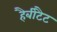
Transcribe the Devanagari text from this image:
हैबीटैट